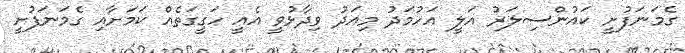
ގެމަނަފުށީ ކައުންސިލަރު އަލީ އަހުމަދު މިއަދު ވިދާޅުވީ އެއީ ހަގީގަތެއް ކަމަށާއި ގެމަނަފުށީ